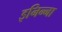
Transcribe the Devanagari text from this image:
इनिन्ना